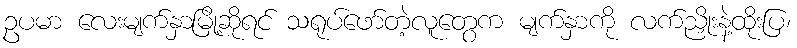
ဥပမာ လေးမျက်နှာမြို့ဆိုရင် သရုပ်ဖော်တဲ့လူတွေက မျက်နှာကို လက်ညှိုးနဲ့ထိုးပြ၊